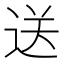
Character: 送